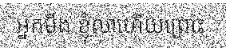
អ្នកមីង ខ្ញុំលាហើយព្រោះ